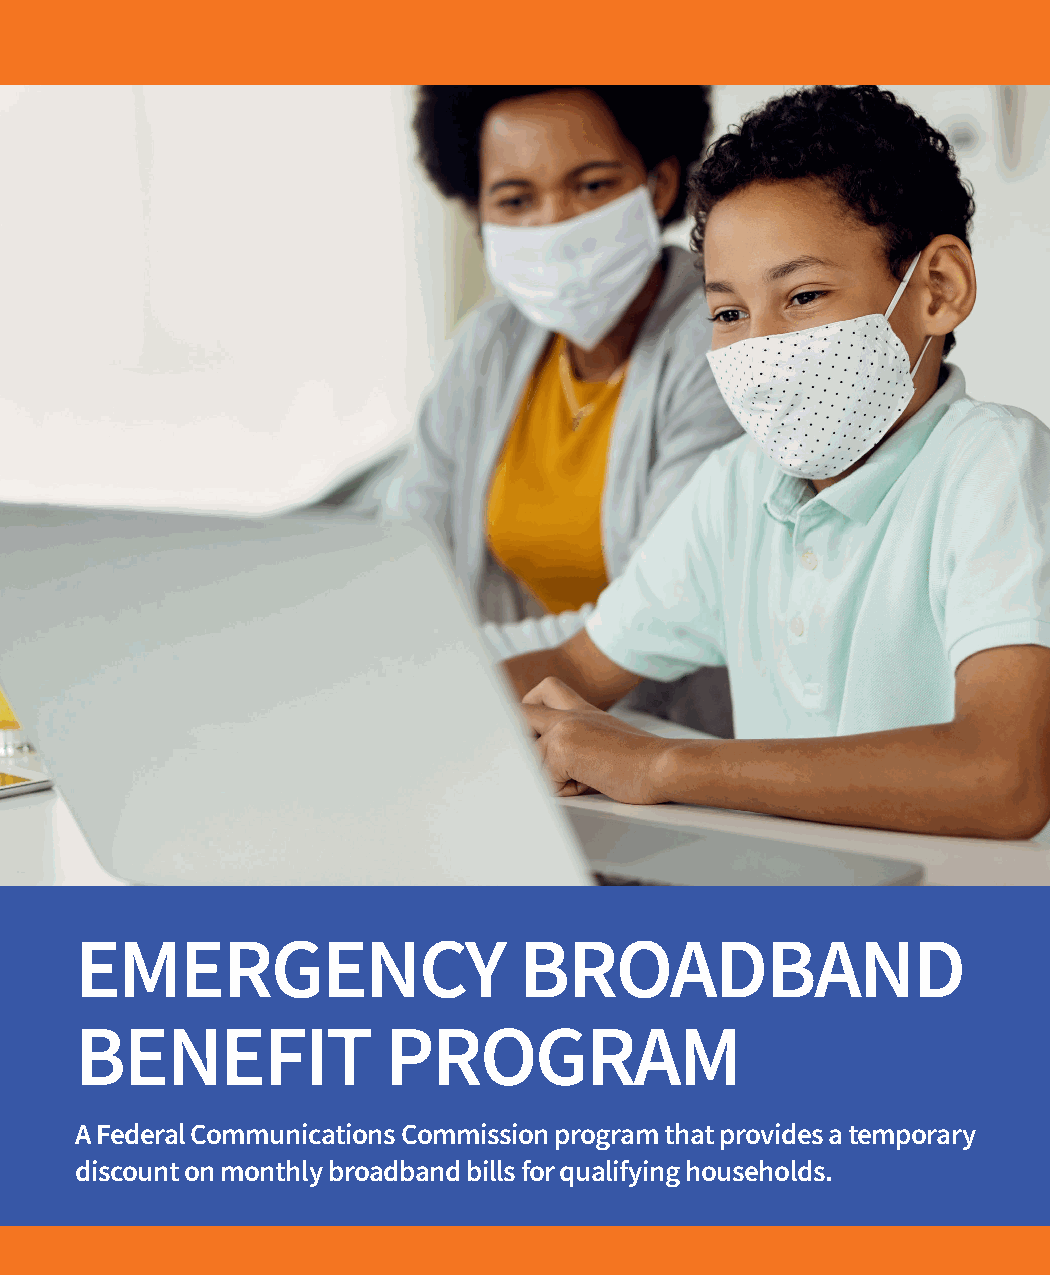
EMERGENCY                    BROADBAND
 BENEFIT             PROGRAM
 A Federal Communications Commission program that provides a temporary
 discount on monthly broadband bills for qualifying households.